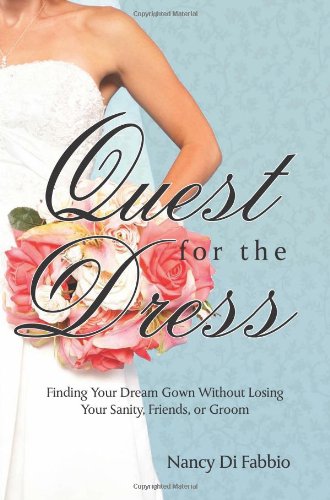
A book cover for Quest for the Dress: Finding Your Dream Wedding Gown without Losing Your Sanity, Friends or Groom; Nancy Di Fabbio; Crafts, Hobbies & Home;